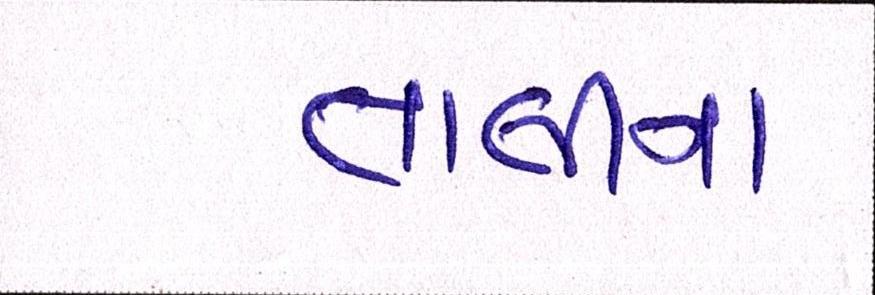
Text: તાલીના